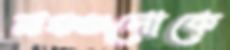
মঞ্চগুলোকে